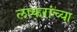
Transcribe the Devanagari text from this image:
लष्करांच्या